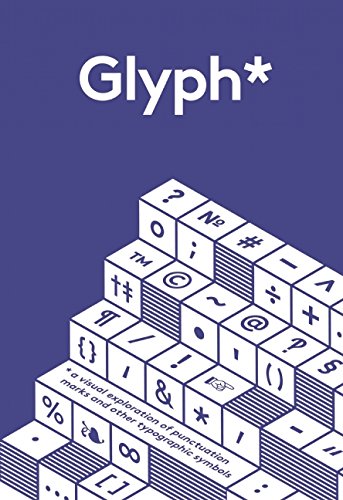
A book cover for Glyph: A Visual Exploration of Punctuation Marks and Other Typographic Symbols; Adriana Caneva; Arts & Photography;